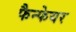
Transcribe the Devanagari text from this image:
फैन्फेयर